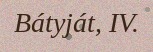
Bátyját, IV.